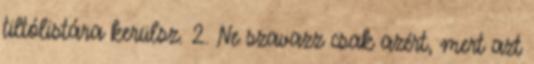
tiltólistára kerülsz. 2. Ne szavazz csak azért, mert azt